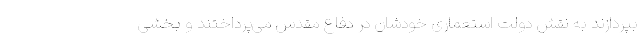
بپردازند به نقش دولت استعماری خودشان در دفاع مقدس می‌پرداختند و بخشی